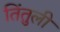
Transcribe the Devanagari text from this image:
तिंतुली